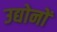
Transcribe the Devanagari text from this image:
उद्योनों